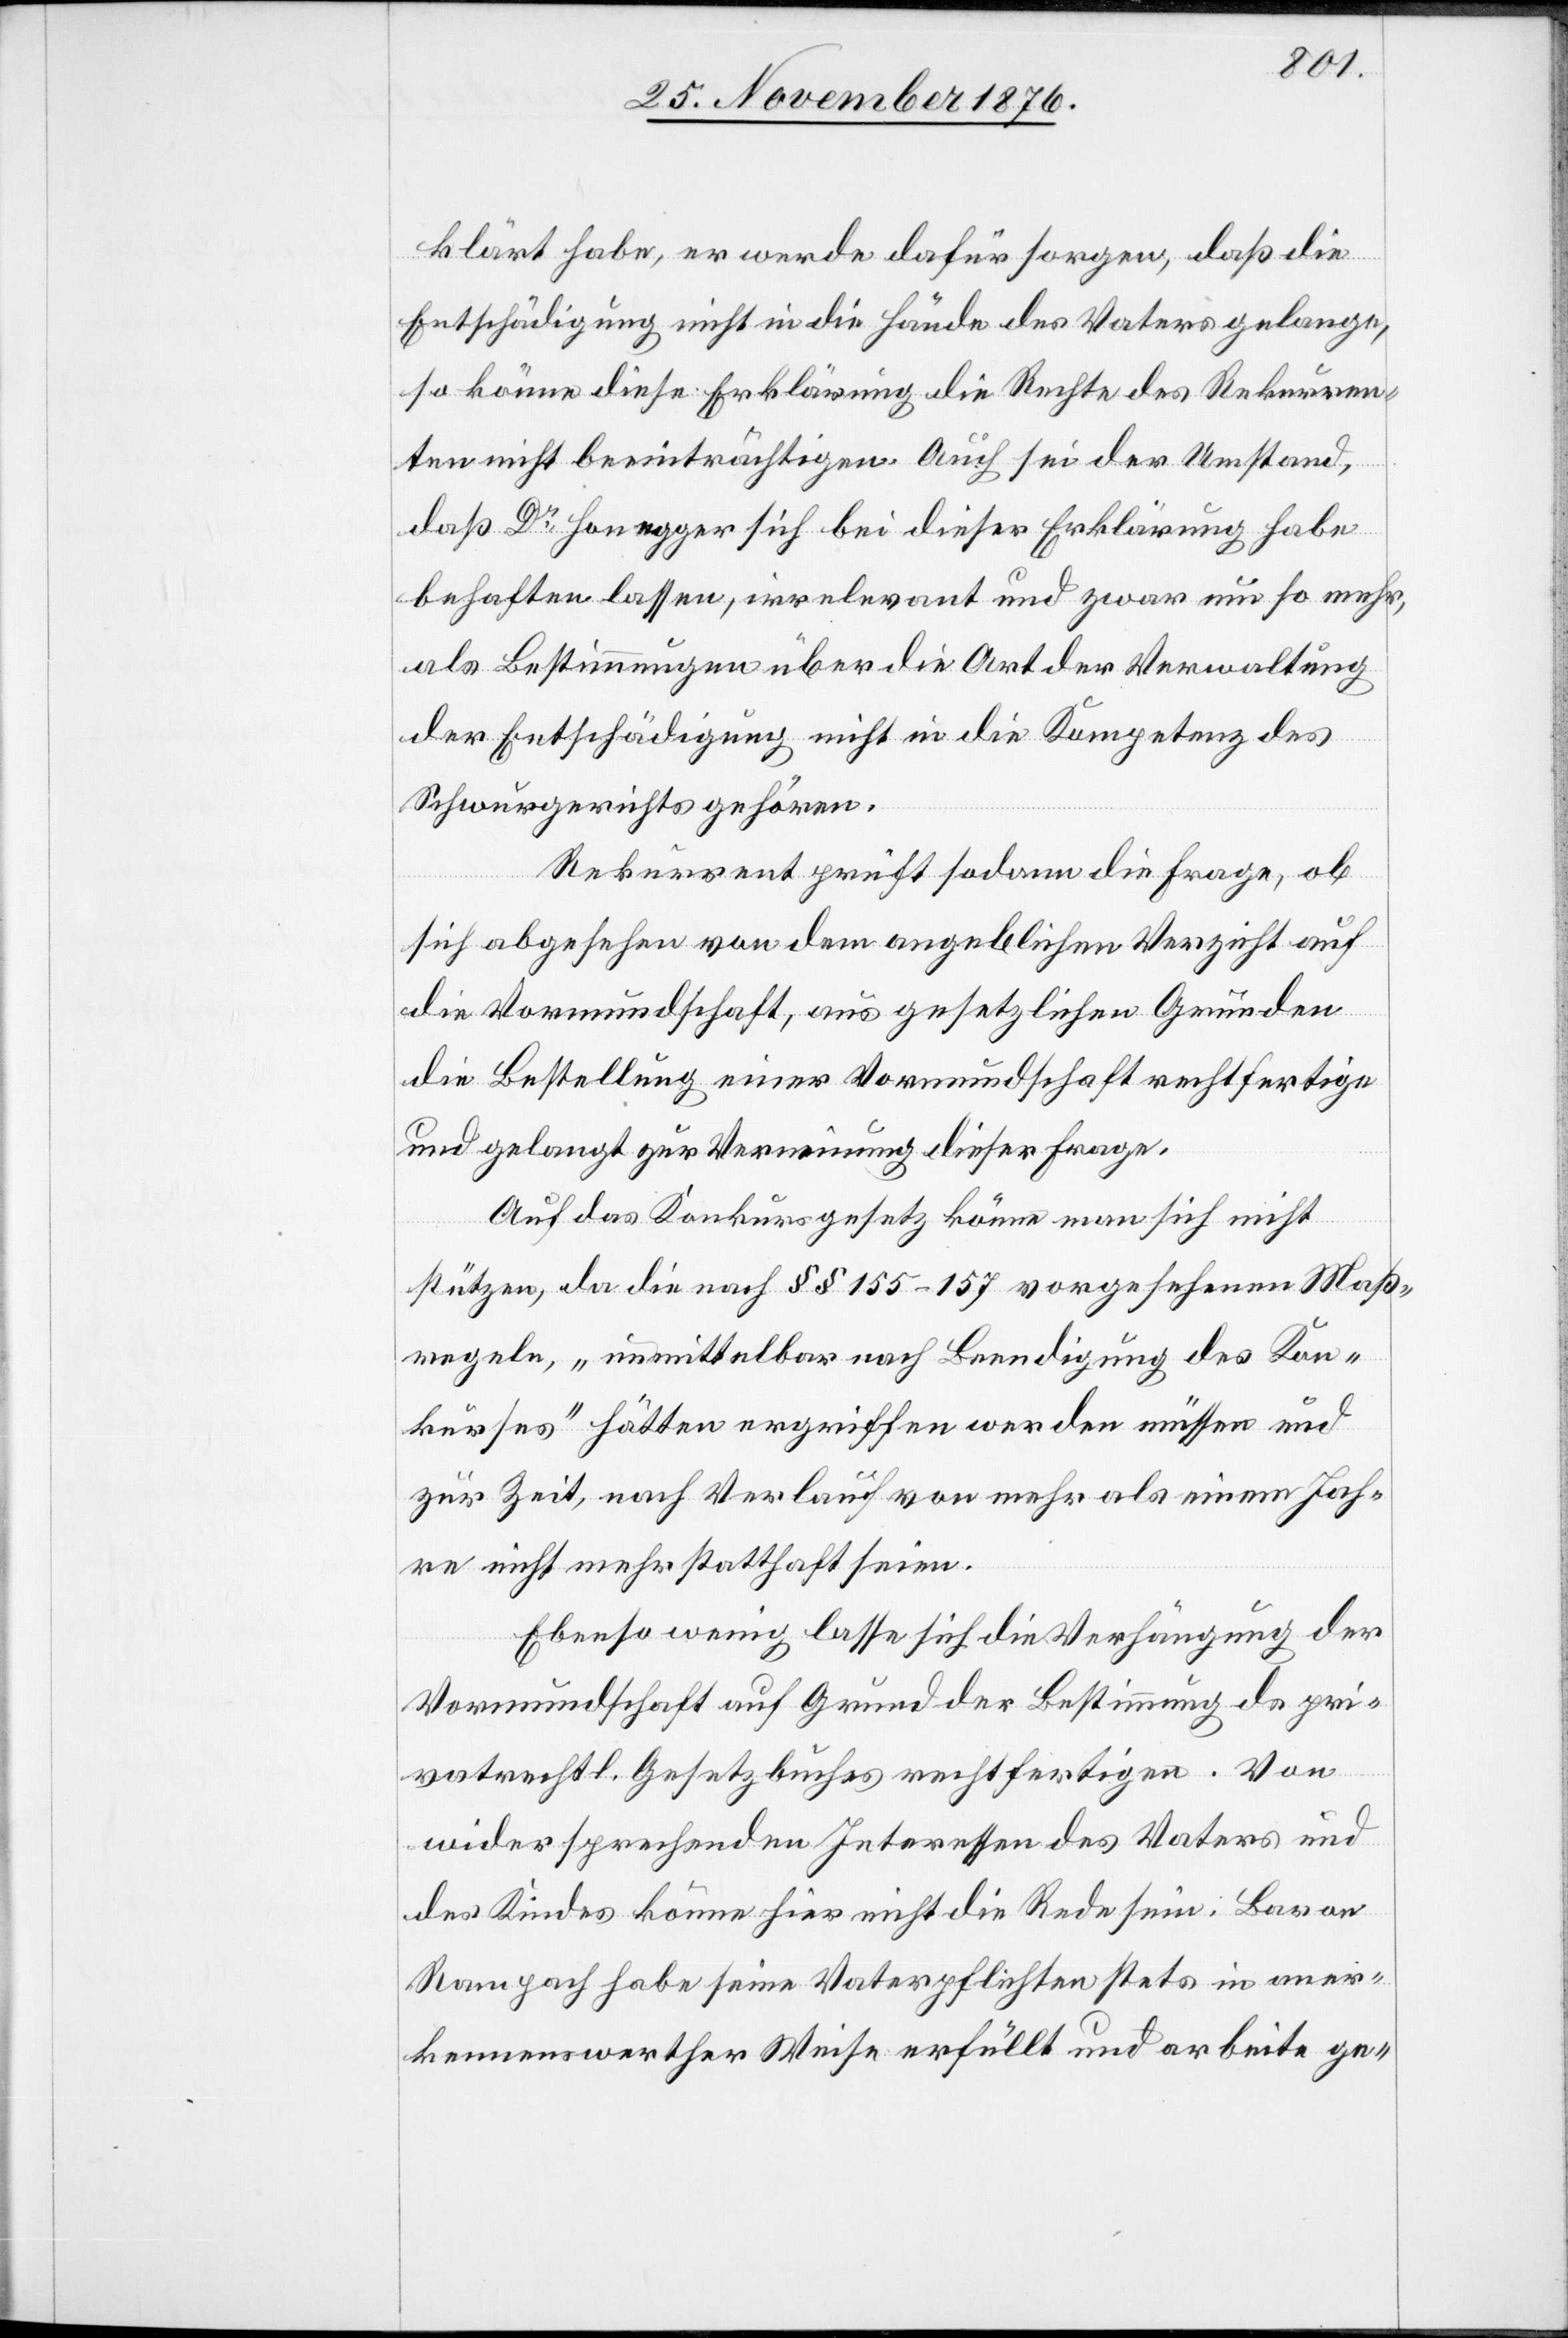
klärt habe, er werde dafür sorgen, daß die
Entschädigung nicht in die Hände des Vaters gelange,
so könne diese Erklärung die Rechte des Rekurren¬
ten nicht beeinträchtigen. Auch sei der Umstand,
daß Dr Honegger sich bei dieser Erklärung habe
behaften lassen, irrelevant und zwar um so mehr,
als Bestimmungen über die Art der Verwaltung
der Entschädigung nicht in die Kompetenz des
Schwurgerichtes gehören.
Rekurrent prüft sodann die Frage, ob
sich abgesehen von dem angeblichen Verzicht auf
die Vormundschaft, aus gesetzlichen Gründen
die Bestellung einer Vormundschaft rechtfertige
und gelangt zur Verneinung dieser Frage.
pr¬
Auf das Konkursgesetz könne man sich nicht
stützen, da die nach §§ 155–157 vorgesehenen Maß¬
regeln, „unmittelbar nach Beendigung des Kon¬
kurses“ hätten ergriffen werden müssen und
zur Zeit, nach Verlauf von mehr als einem Jah¬
re nicht mehr statthaft seien.
Ebenso wenig lasse sich die Verhängung der
Vormundschaft auf Grund der Bestimmung ds [si¬
ivatrechtl. Gesetzbuches rechtfertigen. Von
widersprechenden Interessen des Vaters und
des Kindes könne hier nicht die Rede sein. Baron
Rampach habe seine Vaterpflichten stets in aner¬
kennenswerther Weise erfüllt und arbeite ge-